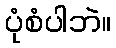
ပုံစံပါဘဲ။